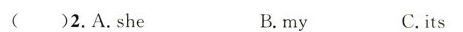
( )2.A.she B. my C.its